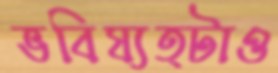
ভবিষ্যত্টাও